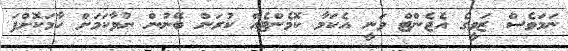
ނަމަވެސް ޒަވީގެ އެޖެންޓް ވަނީ އެކަމާ ކޮމެންޓެއް ކުރަން ބޭނުން ނުވާކަމަށް ހާމަކޮށްފަ